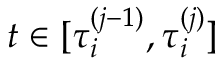
t \in [ \tau _ { i } ^ { ( j - 1 ) } , \tau _ { i } ^ { ( j ) } ]